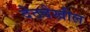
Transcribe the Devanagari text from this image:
देठदेखील